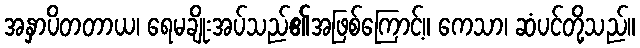
အနှာပိတတာယ၊ ရေမချိုးအပ်သည်၏အဖြစ်ကြောင့်။ ကေသာ၊ ဆံပင်တို့သည်။